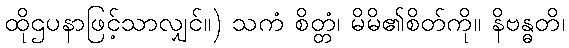
ထိုဌပနာဖြင့်သာလျှင်။) သကံ စိတ္တံ၊ မိမိ၏စိတ်ကို။ နိဗန္ဓတိ၊